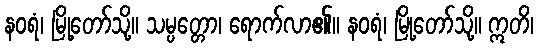
နဝရံ၊ မြို့တော်သို့။ သမ္ပတ္တော၊ ရောက်လာ၏။ နဝရံ၊ မြို့တော်သို့။ ဣတိ၊